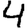
Digit: 4